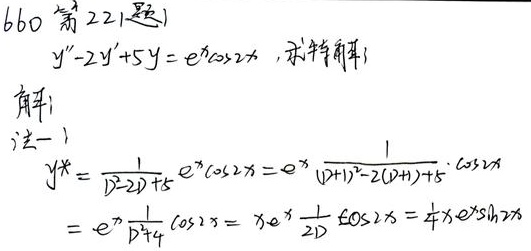
(660 第221题) \(y'' - 2y'+5y = e^{x}\cos2x\)，求特解 \(y^{*}\)
解：法一
\[
\begin{align*}
y^{*}&=\frac{1}{D^{2}-2D + 5}e^{x}\cos2x\\
&=e^{x}\frac{1}{(D + 1)^{2}-2(D + 1)+5}\cdot\cos2x\\
&=e^{x}\frac{1}{D^{2}+4}\cos2x\\
&=x e^{x}\frac{1}{2D}\cos2x\\
&=\frac{1}{4}x e^{x}\sin2x
\end{align*}
\]